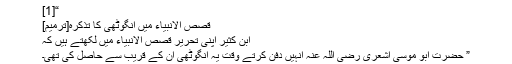
“[1]
قصص الانبیاء میں انگوٹھی کا تذکرہ[ترمیم]
ابن کثیر اپنی تحریر قصص الانبياء میں لکھتے ہیں کہ
” حضرت ابو موسیٰ اشعری رضی اللہ عنہ انہیں دفن کرتے وقت یہ انگوٹھی ان کے قریب سے حاصل کی تھی۔